Specificity of antivenomous sera (second communication) - Number 10
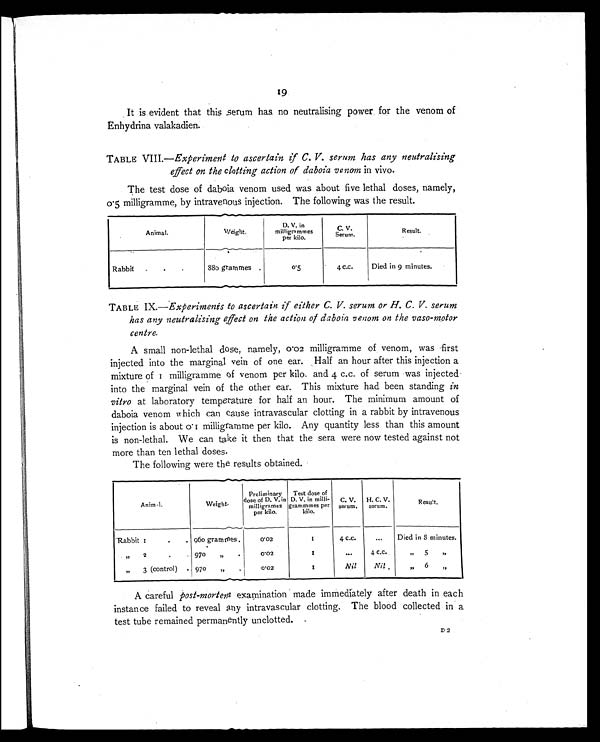
19
It is evident that this serum has no neutralising power for the venom of
Enhydrina valakadien.
TABLE VIII.—Experiment to ascertain if C. V. serum has any neutralising
effect on the clotting action of daboia venom in vivo.
The test dose of daboia venom used was about five lethal doses, namely,
0.5 milligramme, by intravenous injection. The following was the result.
Animal.
Weight.
D. V. in
milligrammes
per kilo.
C. V.
Serum
Result.
Rabbit
. .
. 880 grammes .
0.5
4 c.c.
Died in 9 minutes.
TABLE IX.—Experiments to ascertain if either C. V. serum or H. C. V. serum
has any neutralising effect on the action of daboia venom on the vaso-motor
centre.
A small non-lethal dose, namely, 0.02 milligramme of venom, was first
injected into the marginal vein of one ear. Half an hour after this injection a
mi x t u r e o f 1 mi l l i g r a mme o f v e n o m p e r k i l o . a n d 4 c . c . o f s e r u m wa s i n j e c t e d
into the marginal vein of the other ear. This mixture had been standing in
vitro at laboratory temperature for half an hour. The minimum amount of
daboia venom which can cause intravascular clotting in a rabbit by intravenous
injection is about 0.1 milligramme per kilo. Any quantity less than this amount
is non-lethal. We can take it then that the sera were now tested against not
more than ten lethal doses.
The following were the results obtained.
Anim al.
Weight.
Preliminary.
dose of D. V. in
milligrames
per kilo.
Test dose of
D. V. in milli-
grammmes per
kilo.
C. V.
serum.
H. C. V.
serum.
Result.
Rabbit 1
.
. 960 grammes.
0.02
1
4 c.c.
...
Died in 8 minutes.
" 2
.
•
9 7 0
,,
.
0.02
1
. . .
4 c.c.
,,
5
"
"
3 (control) . 970
„
.
0.02
1
Nil
Nil
"
6
3 3
A careful post-mortem examination made immediately after death in each
instance failed to reveal any intravascular clotting. The blood collected in a
test tube remained permanently unclotted.
D2